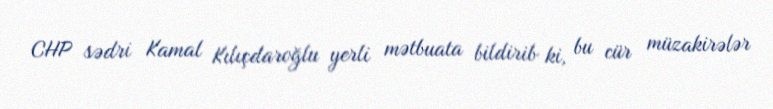
CHP sədri Kamal Kılıçdaroğlu yerli mətbuata bildirib ki, bu cür müzakirələr